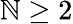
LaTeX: \mathbb{N}\ge2